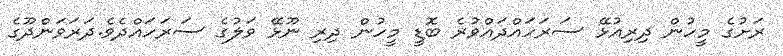
ރަށުގެ މީހުން ދިރިއުޅޭ ސަރަހައްދައްވުރެ ބޮޑީ މީހުން ދިރި ނޫޅޭ ވަލުގެ ސަރަހައްދެވެ.ދަރަވަންދޫގެ